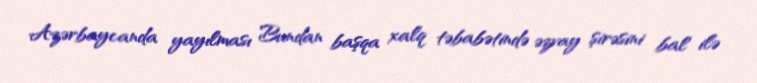
Azərbaycanda yayılması Bundan başqa xalq təbabətində əzvay şirəsini bal ilə